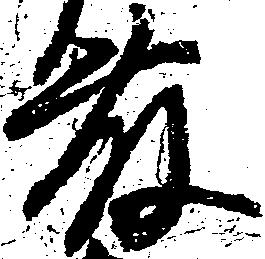
藤